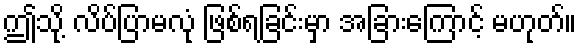
ဤသို့ လိပ်ပြာမလုံ ဖြစ်ရခြင်းမှာ အခြားကြောင့် မဟုတ်။